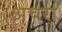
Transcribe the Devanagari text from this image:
अचरा